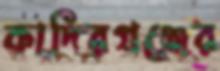
কাদিরগঞ্জের